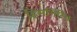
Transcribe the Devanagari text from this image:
हिमगिरिथ